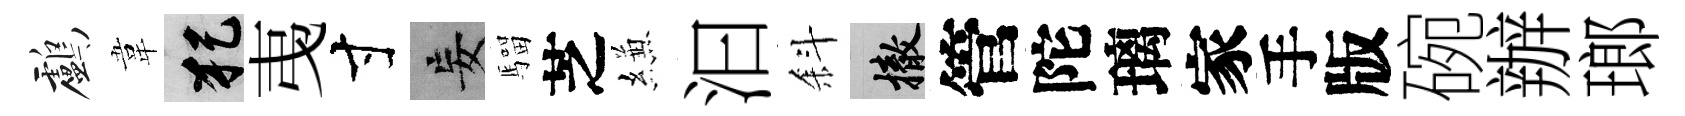
鸕韋犯𢎯寸妄騮芝縑汩斜撤管陀璃家手版碗辦瑯